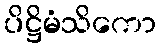
ပိဋ္ဌိမံသိကော